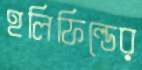
হলিফিল্ডের